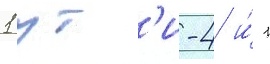
1 ут'и-4 и́ 1